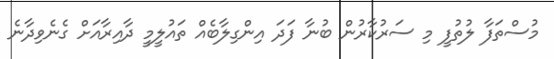
މުސްތަފާ ލުތުފީ މި ސަރުކާރުން ބުނާ ފަދަ އިންގިލާބެއް ތައުލީމީ ދާއިރާއަށް ގެނެވިދާނެ